Annual administration report of the Civil Veterinary Department of India - 1893-1894
Year: 1893
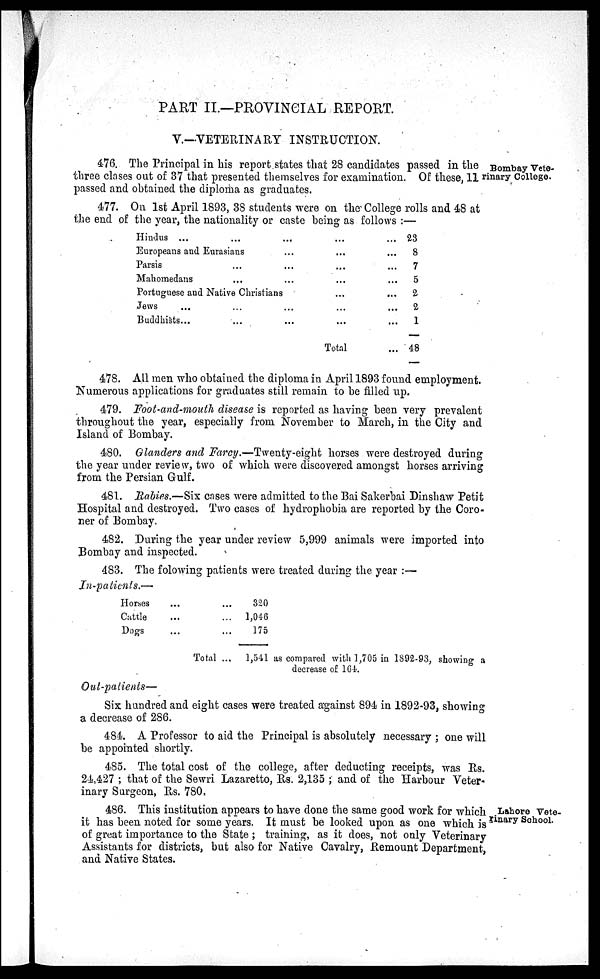
PART II.—PROVINCIAL REPORT.
V.—VETERINARY INSTRUCTION.
Bombay Vete-
rinary College.
476. The Principal in his report states that 28 candidates passed in the
three clases out of 37 that presented themselves for examination. Of these, 11
passed and obtained the diploma as graduates.
477. On 1st April 1893, 38 students were on the College rolls and 48 at
the end of the year, the nationality or caste being as follows :—
Hindus ... ... ... ... ...
Europeans and Eurasians ... ...
Parsis ... ... ... ... ...
Mahomedans ... ... ... ... ...
Portuguese and Native Christians ... ... ...
Jews ... ... ... ... ...
Buddhists... ... ... ... ...
Total
23
8
7
5
2
2
1
48
478. All men who obtained the diploma in April 1893 found employment.
Numerous applications for graduates still remain to be filled up.
479. Foot-and-mouth disease is reported as having been very prevalent
throughout the year, especially from November to March, in the City and
Island of Bombay.
480. Glanders and Farcy.—Twenty-eight horses were destroyed during
the year under review, two of which were discovered amongst horses arriving
from the Persian Gulf.
481. Rabies.—Six cases were admitted to the Bai Sakerbai Dinshaw Petit
Hospital and destroyed. Two cases of hydrophobia are reported by the Coro-
ner of Bombay.
482. During the year under review 5,999 animals were imported into
Bombay and inspected.
483. The folowing patients were treated during the year :—
In-patients.—
Horses ... ...
Cattle ... ...
Dogs ... ...
Total ...
320
1,046
175
1,541 as compared with 1,705 in 1892-93, showing a
decrease of 164.
Out-patients—
Six hundred and eight cases were treated against 894 in 1892-93, showing
a decrease of 286.
484. A Professor to aid the Principal is absolutely necessary ; one will
be appointed shortly.
485. The total cost of the college, after deducting receipts, was Rs.
24,427 ; that of the Sewri Lazaretto, Rs. 2,135 ; and of the Harbour Veter-
inary Surgeon, Rs. 780,
Lahore Vete-
rinary School.
486. This institution appears to have done the same good work for which
it has been noted for some years. It must be looked upon as one which is
of great importance to the State ; training, as it does, not only Veterinary
Assistants for districts, but also for Native Cavalry, Remount Department,
and Native States.